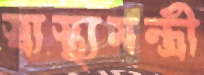
স্বাস্থ্যমন্ত্রী